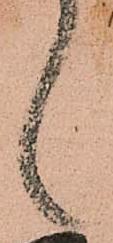
々